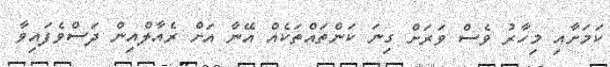
ކަމަށާއި މިހާރު ވެސް ވަރަށް ގިނަ ކަންތައްތަކެއް އޭނާ އަށް ރެއާލްއިން ދަސްވެފައިވާ